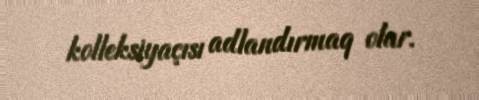
kolleksiyaçısı adlandırmaq olar.